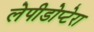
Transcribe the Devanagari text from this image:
लेपीडोप्टेरा